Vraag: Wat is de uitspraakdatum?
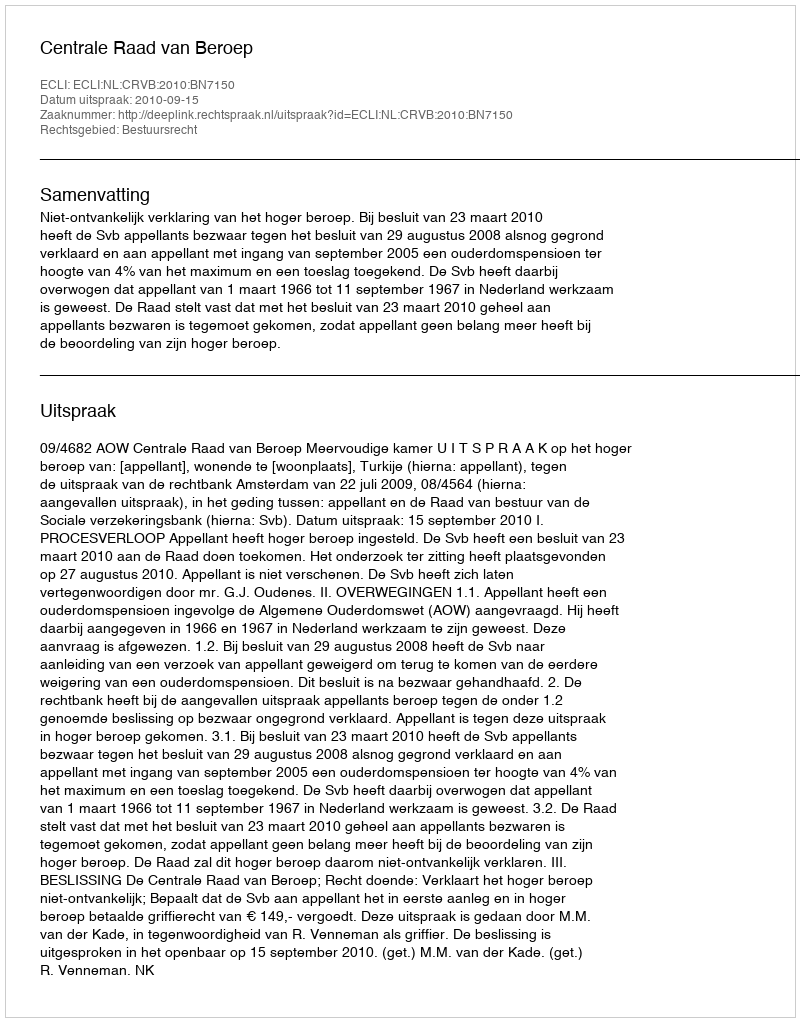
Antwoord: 2010-09-15